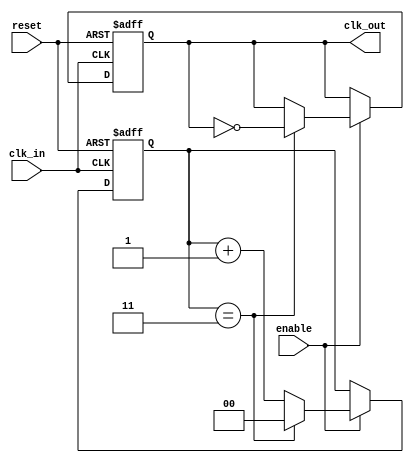
module ClockDividerBuffer #(
    parameter N = 4 // Default division factor, can be overridden
)(
    input wire clk_in,  // Input clock signal
    input wire reset,    // Asynchronous reset signal
    input wire enable,   // Enable signal
    output reg clk_out   // Output clock signal
);

    reg [$clog2(N)-1:0] counter; // Counter to count clock cycles

    // Synchronous process to handle clock division
    always @(posedge clk_in or posedge reset) begin
        if (reset) begin
            // Reset condition
            counter <= 0;
            clk_out <= 0; // Initialize output clock to low
        end else if (enable) begin
            // Increment counter on rising edge of input clock when enabled
            if (counter == N-1) begin
                // Toggle the output clock when counter reaches N-1
                clk_out <= ~clk_out;
                counter <= 0; // Reset counter after toggling output
            end else begin
                counter <= counter + 1; // Increment counter
            end
        end
    end

endmodule